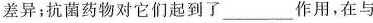
差异;抗菌药物对它们起了_________作用,在与